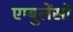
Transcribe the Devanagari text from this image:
एम्बुलेंसों